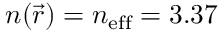
n ( \vec { r } ) = n _ { \mathrm { e f f } } = 3 . 3 7